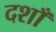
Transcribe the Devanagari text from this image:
दशाँ